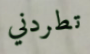
تطردني